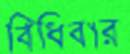
বিঁধিবার